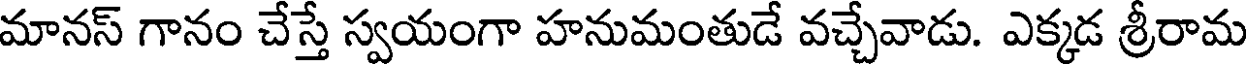
మానస్ గానం చేస్తే స్వయంగా హనుమంతుడే వచ్చేవాడు. ఎక్కడ శ్రీరామ